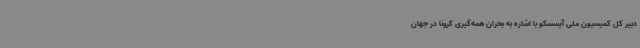
دبیر کل کمیسیون ملی آیسسکو با اشاره به بحران همه‌گیری کرونا در جهان